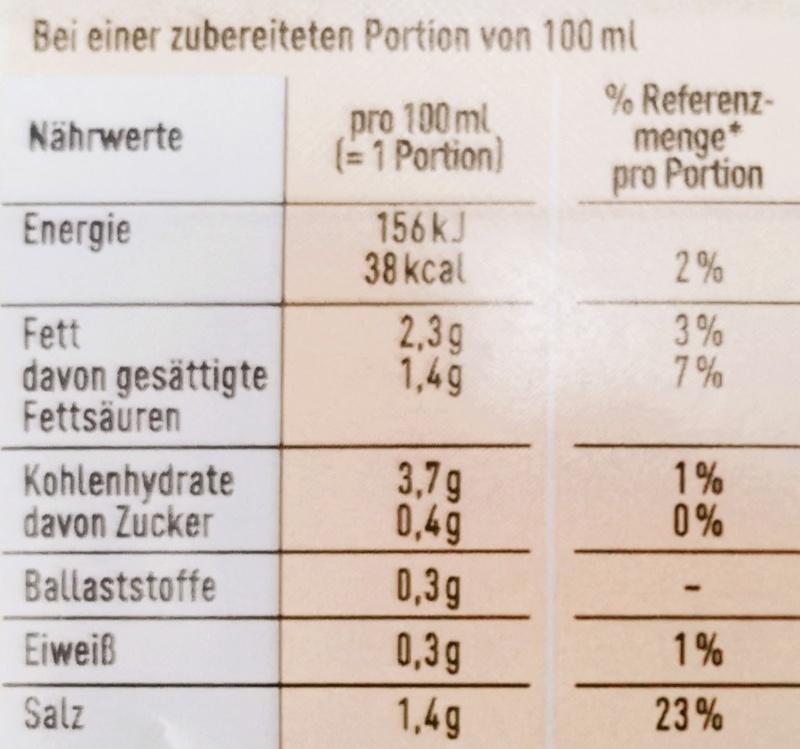
Bei einer zubereiteten Portion von 100 ml
Nährwerte
pro 100 ml (= 1 Portion)
Energie
156 kJ
38 kcal
Fett
2,3g
davon gesättigte
1,4g
Fettsäuren
Kohlenhydrate
3,7g
davon Zucker
0,4g
Ballaststoffe
0,3g
Eiweiß
0,3g
Salz
1,4g
% Referenzmenge*
pro Portion
2%
3%
7%
1%
0%
1%
23%